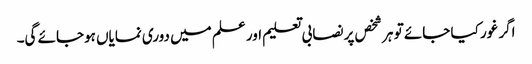
اگر غور کیا جائے تو ہر شخص پر نصابی تعلیم اور علم میں دوری نمایاں ہوجائے گی۔